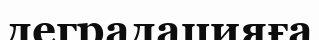
деградацияға